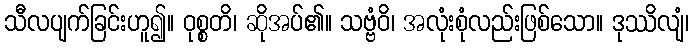
သီလပျက်ခြင်းဟူ၍။ ဝုစ္စတိ၊ ဆိုအပ်၏။ သဗ္ဗံဝိ၊ အလုံးစုံလည်းဖြစ်သော။ ဒုဿိလျံ၊